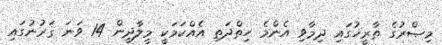
މިޞްރުގެ ތާރީޚުގައި ދިމާވި އެންމެ ހިތްދަތި އެއްކަމަކީ މީލާދީން 14 ވަނަ ޤަރުނުގައި